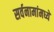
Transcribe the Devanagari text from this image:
सर्वनामांमध्ये